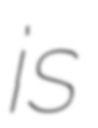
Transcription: is